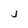
Character: j